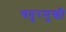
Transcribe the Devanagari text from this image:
चतुरमुखी